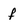
Character: f